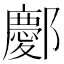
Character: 𫑭